Report of the King Institute of Preventive Medicine, Guindy
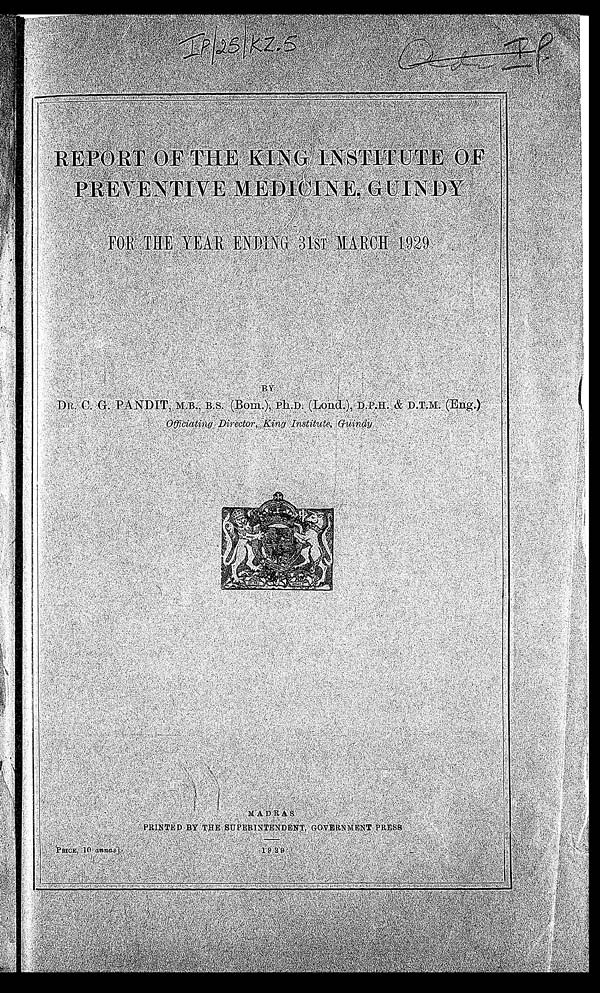
I P / 2 5 / K Z . 5
a d I P .
REPORT OF THE KING INSTITUTE OF PREVENTIVE MEDICINE, GUINDY
FOR THE YEAR ENDING 31ST MARCH 1929
B Y
MADRAS
PRINTED BY THE SUPERINTENDENT, GOVERNMENT PRESS
1929 PRICE, 10 annas].